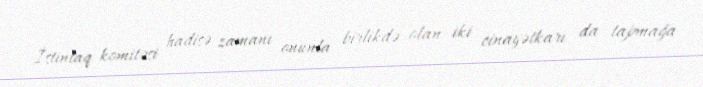
İstintaq komitəsi hadisə zamanı onunla birlikdə olan iki cinayətkarı da tapmağa